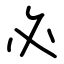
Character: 必